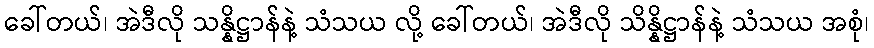
ခေါ်တယ်၊ အဲဒီလို သန္နိဋ္ဌာန်နဲ့ သံသယ လို့ ခေါ်တယ်၊ အဲဒီလို သိန္နိဋ္ဌာန်နဲ့ သံသယ အစုံ၊